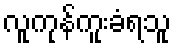
လူကုန်ကူးခံရသူ